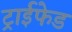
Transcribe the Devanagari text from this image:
ट्राईफेड